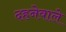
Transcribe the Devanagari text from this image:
दहनेवाले